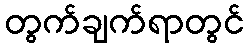
တွက်ချက်ရာတွင်